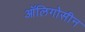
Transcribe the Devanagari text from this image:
ऑलिगोसीन